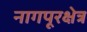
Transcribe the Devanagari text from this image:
नागपूरक्षेत्र